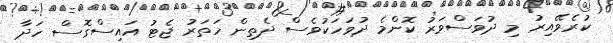
ކުރެވޭއިރު މި ދުވަސްވަރު ކޮންމެ ދުވަހަކުވެސް ދެތިން ހަތަރު ޖެޓު އައިސްގޮސް ހަދާ